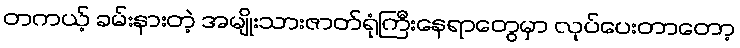
တကယ့် ခမ်းနားတဲ့ အမျိုးသားဇာတ်ရုံကြီးနေရာတွေမှာ လုပ်ပေးတာတော့